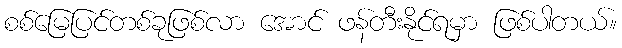
စစ်မြေပြင်တစ်ခုဖြစ်လာ အောင် ဖန်တီးနိုင်ရမှာ ဖြစ်ပါတယ်။